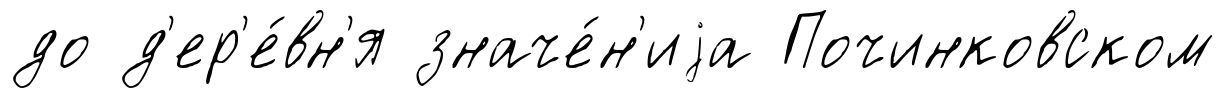
до д'ер'е́вн'я значе́н'иjа Починковском